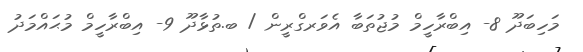
މަހިބަދޫ 8- އިބްރާހީމް މުޖުތަބާ އެވަރގްރީން / ބ.ތުޅާދޫ 9- އިބްރާހީމް މުޙައްމަދު